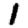
Digit: 1